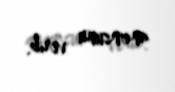
anonsunu verib.